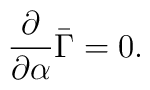
{\partial\over\partial\alpha}\bar{\Gamma}=0.